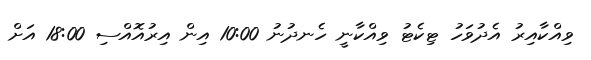
ވިއްކާއިރު އެދުވަހު ޓިކެޓު ވިއްކާނީ ހެނދުނު 10:00 އިން އިރުއޮއްްސި 18:00 އަށް